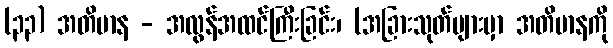
(၃၃) အတိမာန - အလွန်အထင်ကြီးခြင်း၊ (အခြားသုတ်များမှာ အတိမာနကို